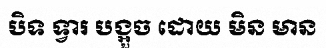
បិទ ទ្វារ បង្អួច ដោយ មិន មាន